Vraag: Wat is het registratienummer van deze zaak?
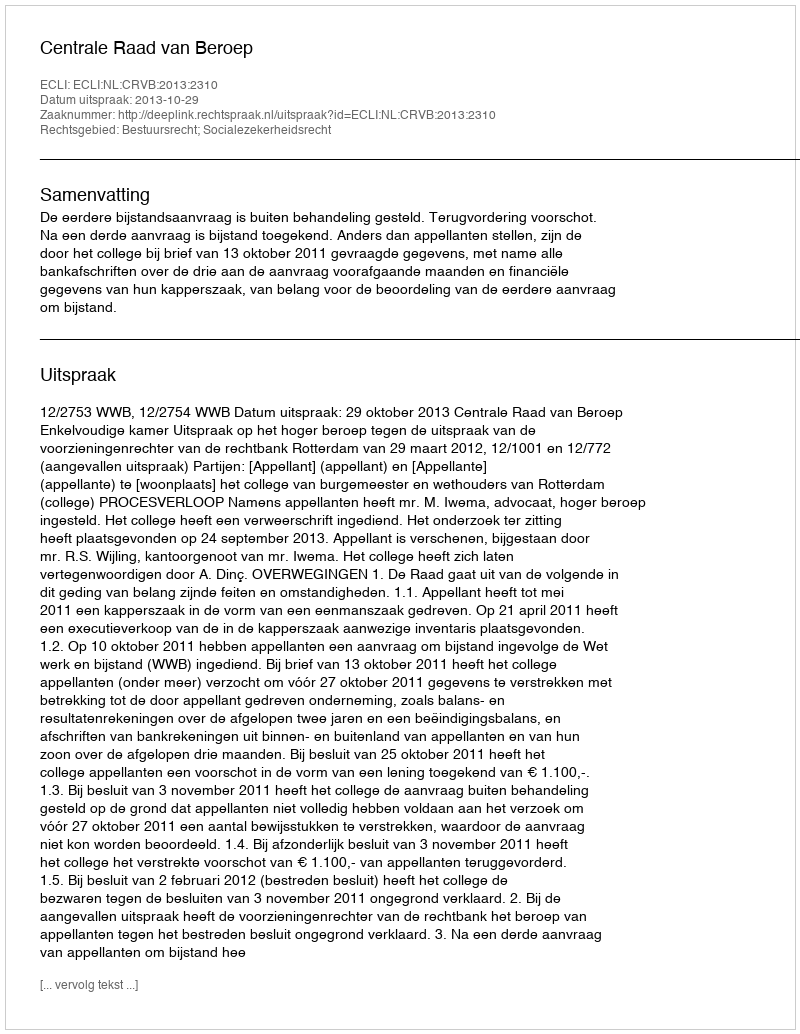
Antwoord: http://deeplink.rechtspraak.nl/uitspraak?id=ECLI:NL:CRVB:2013:2310